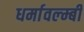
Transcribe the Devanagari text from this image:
धर्मावल्म्बी